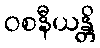
ဝစနီယန္တိ